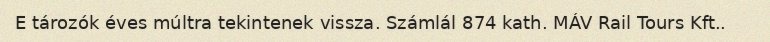
E tározók éves múltra tekintenek vissza. Számlál 874 kath. MÁV Rail Tours Kft..